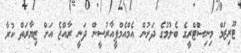
ޓޫރިޒަމް މިނިސްޓްރީގެ ބެލުމުގެ ދަށުން އެމްއެމްޕީއާރުސީން ދަނީ ރާއްޖެ އަށް ޒިޔާރަތް ކުރާ